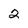
Character: 2